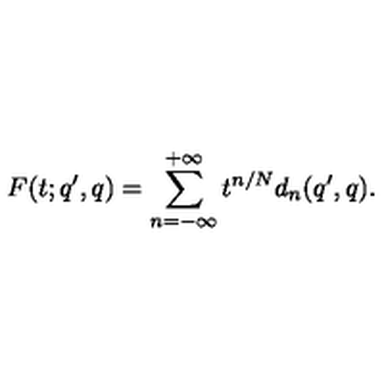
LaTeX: F ( t ; q ^ { \prime } , q ) = \sum _ { n = - \infty } ^ { + \infty } t ^ { n / N } d _ { n } ( q ^ { \prime } , q ) .